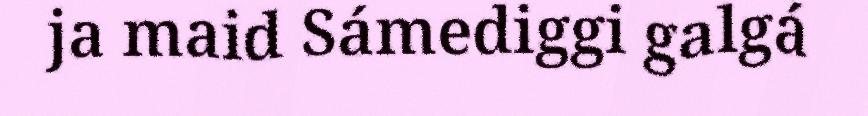
ja maid Sámediggi galgá